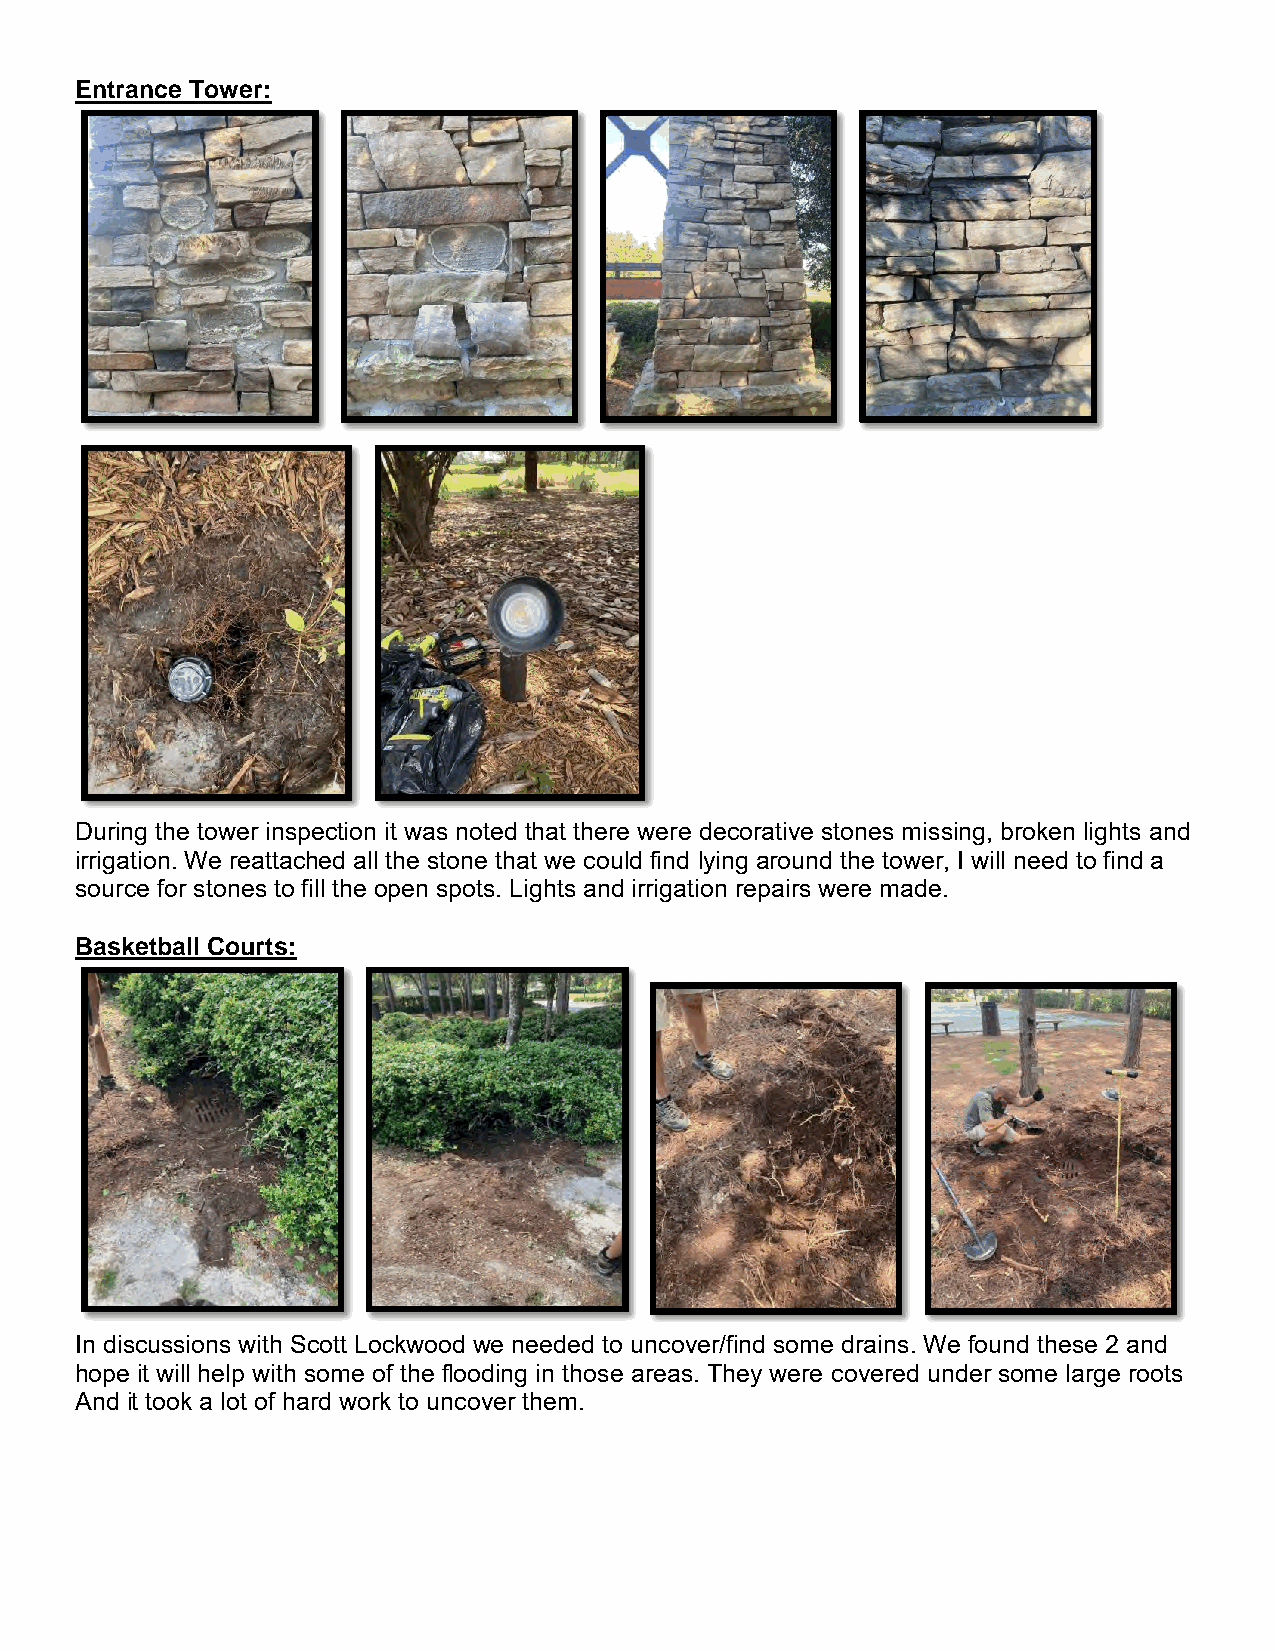
Entrance Tower:
 During the tower inspection it was noted that there were decorative stones missing, broken lights and
 irrigation. We reattached all the stone that we could find lying around the tower, I will need to find a
 source for stones to fill the open spots. Lights and irrigation repairs were made.
 Basketball Courts:
 In discussions with Scott Lockwood we needed to uncover/find some drains. We found these 2 and
 hope it will help with some of the flooding in those areas. They were covered under some large roots
 And it took a lot of hard work to uncover them.